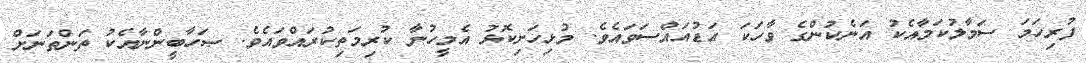
ފުރިހަމަ ސަމާލުކަމާާއެކު އަނެކުންގެ ވާހަކަ އަޑުއައްސަވައެވެ. މުޅިހަށިކޮޅު އެމީހުނާ ކުރިމަތިކުރައްވައެވެ. ޞަހާބީންނާއެކު ތަންތަނަށް